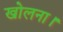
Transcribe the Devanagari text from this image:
खोलना।